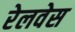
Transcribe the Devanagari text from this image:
रेलवेस